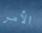
الأمر